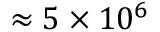
\approx 5 \times 1 0 ^ { 6 }